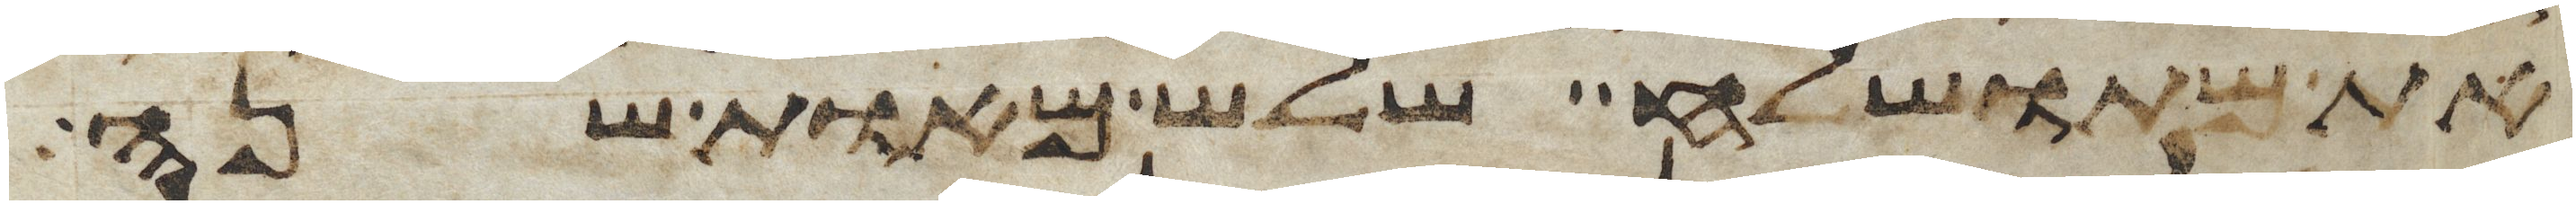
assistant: את מתושלח שלש מאות שנה